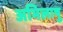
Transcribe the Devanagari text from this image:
अभिलाषु